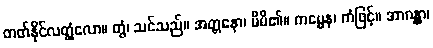
တတ်နိုင်လတ္တံ့လော။ တွံ၊ သင်သည်။ အတ္တနော၊ မိမိ၏။ ကမ္မေန၊ ကံဖြင့်။ အာဂန္တွာ၊